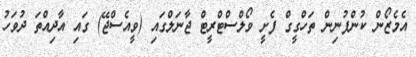
އެމެޒޯން ކުންފުނިން ތަހްގީގް ފެށީ ވޯލްސްޓްރީޓް ޖާނަލްގައި (ވީއެސްޖޭ) ގައި އާދިއްތަ ދުވަހު